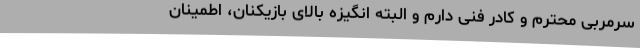
سرمربی محترم و کادر فنی دارم و البته انگیزه بالای بازیکنان، اطمینان